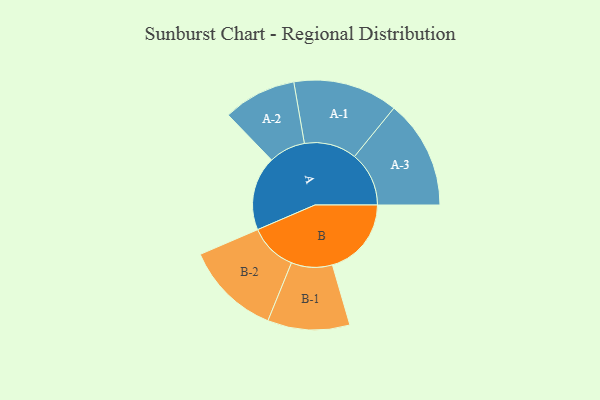
{"axis": {"x": "Segment", "y": "Value"}, "legend": ["", "A", "B"], "data": [{"x": "A", "y": 399, "type": ""}, {"x": "B", "y": 425, "type": ""}, {"x": "A-1", "y": 282, "type": "A"}, {"x": "A-2", "y": 197, "type": "A"}, {"x": "A-3", "y": 293, "type": "A"}, {"x": "B-1", "y": 221, "type": "B"}, {"x": "B-2", "y": 257, "type": "B"}]}